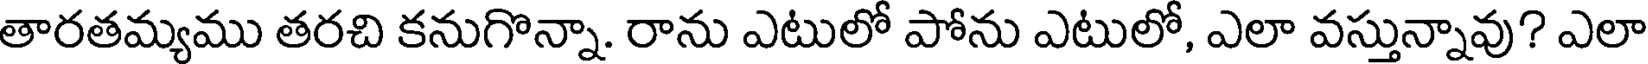
తారతమ్యము తరచి కనుగొన్నా. రాను ఎటులో పోను ఎటులో, ఎలా వస్తున్నావు? ఎలా